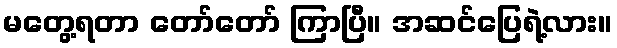
မတွေ့ရတာ တော်တော် ကြာပြီ။ အဆင်ပြေရဲ့လား။